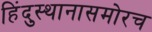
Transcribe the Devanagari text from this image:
हिंदुस्थानासमोरच